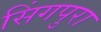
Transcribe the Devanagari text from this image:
सिंगपुरा